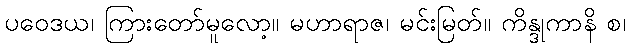
ပဝေဒယ၊ ကြားတော်မူလော့။ မဟာရာဇ၊ မင်းမြတ်။ ကိန္ဒုကာနိ စ၊